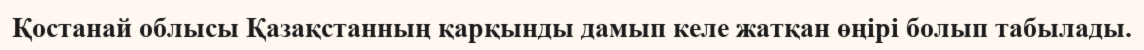
Қостанай облысы Қазақстанның қарқынды дамып келе жатқан өңірі болып табылады.